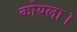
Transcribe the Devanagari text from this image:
कोयला।